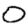
Digit: 0